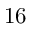
1 6